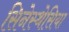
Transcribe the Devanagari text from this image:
सिनेस्थेसिया